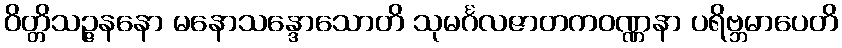
ဝိတ္တိသဉ္ဇနနော မနောသန္ဒောသောတိ သုမင်္ဂလဇာတကဝဏ္ဏနာ ပရိဗ္ဘမာပေတိ